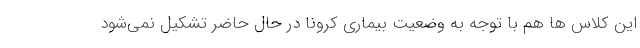
این کلاس ها هم با توجه به وضعیت بیماری کرونا در حال حاضر تشکیل نمی‌شود